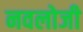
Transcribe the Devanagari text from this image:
नवलोजी